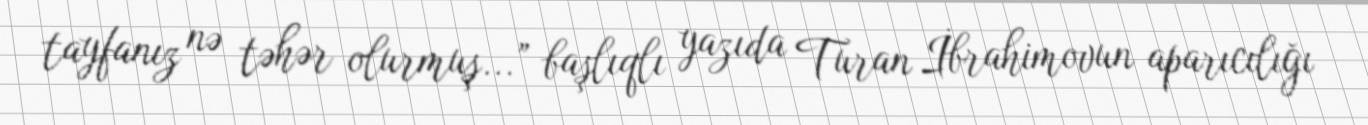
tayfanız nə təhər olurmuş...” başlıqlı yazıda Turan İbrahimovun aparıcılığı